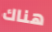
هناك